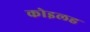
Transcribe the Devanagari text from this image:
कोइलह